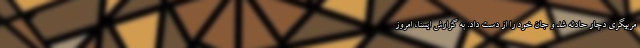
مربیگری دچار حادثه شد و جان خود را از دست داد. به گزارش ایسنا، امروز